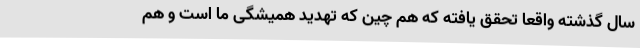
سال گذشته واقعاً تحقق یافته که هم چین که تهدید همیشگی ما است و هم